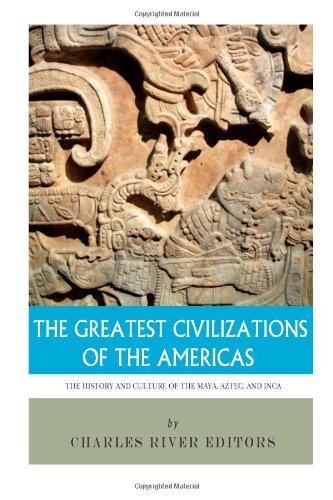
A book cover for The Greatest Civilizations of the Americas: The History and Culture of the Maya, Aztec, and Inca; Charles River Editors; History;